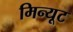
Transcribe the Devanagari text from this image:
मिन्यूट